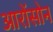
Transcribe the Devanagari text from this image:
आरोंसोन